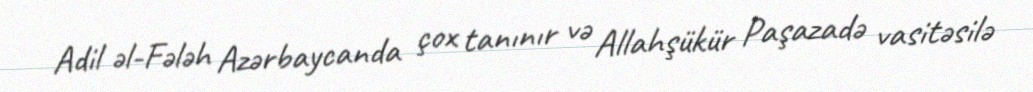
Adil əl-Fələh Azərbaycanda çox tanınır və Allahşükür Paşazadə vasitəsilə